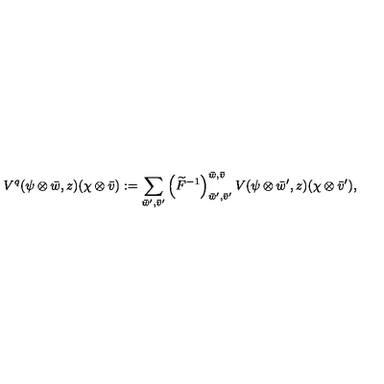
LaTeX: V ^ { q } ( \psi \otimes \bar { w } , z ) ( \chi \otimes \bar { v } ) : = \sum _ { \bar { w } ^ { \prime } , \bar { v } ^ { \prime } } \left( \widetilde { F } ^ { - 1 } \right) _ { \bar { w } ^ { \prime } , \bar { v } ^ { \prime } } ^ { \bar { w } , \bar { v } } V ( \psi \otimes \bar { w } ^ { \prime } , z ) ( \chi \otimes \bar { v } ^ { \prime } ) ,